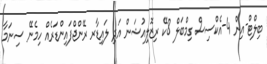
ބިލްޓް-އިން 4-އެކްސިސް ގިމްބަލް 8ކޭ ރިޒޮލިއުޝަން އަދި ލައިޑާރ ރޭންޖްފައިންޑަރެއް ހިމެނޭ ސިނަމާ